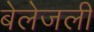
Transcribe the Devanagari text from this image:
बेलेजली